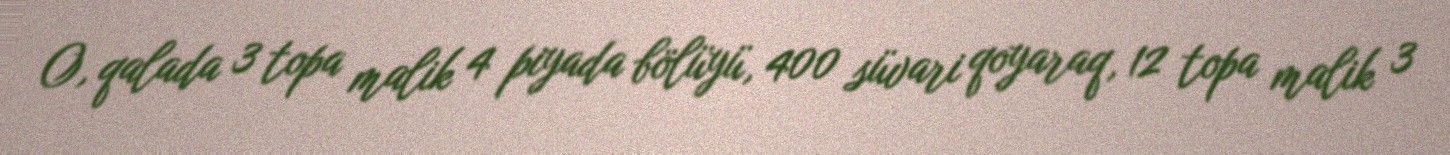
O, qalada 3 topa malik 4 piyada bölüyü, 400 süvari qoyaraq, 12 topa malik 3